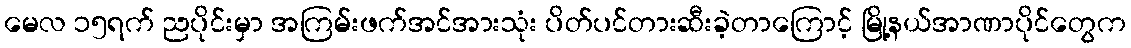
မေလ ၁၅ရက် ညပိုင်းမှာ အကြမ်းဖက်အင်အားသုံး ပိတ်ပင်တားဆီးခဲ့တာကြောင့် မြို့နယ်အာဏာပိုင်တွေက